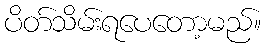
ပိတ်သိမ်းရပေတော့မည်။